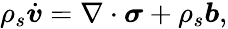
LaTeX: \rho_{s}\dot{\boldsymbol{v}}=\nabla\cdot\boldsymbol{\sigma}+\rho_{s}\boldsymbol{b},